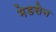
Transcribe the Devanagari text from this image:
मेडसेन